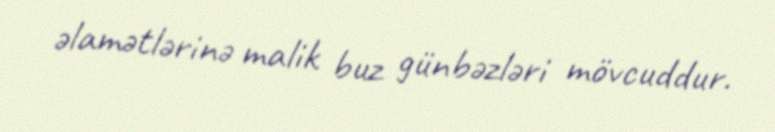
əlamətlərinə malik buz günbəzləri mövcuddur.